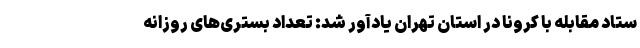
ستاد مقابله با کرونا در استان تهران یادآور شد: تعداد بستری‌های روزانه